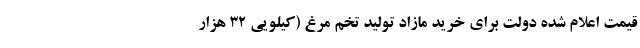
قیمت اعلام شده دولت برای خرید مازاد تولید تخم مرغ (کیلویی ۳۲ هزار